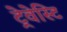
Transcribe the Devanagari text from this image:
ट्रेवेस्टि